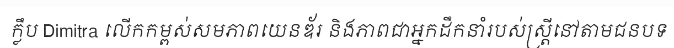
ក្លឹប Dimitra លើកកម្ពស់សមភាពយេនឌ័រ និងភាពជាអ្នកដឹកនាំរបស់ស្ត្រីនៅតាមជនបទ